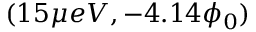
( 1 5 \mu e V , - 4 . 1 4 \phi _ { 0 } )